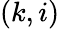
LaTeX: (k,i)